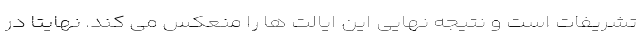
تشریفات است و نتیجه نهایی این ایالت ها را منعکس می کند. نهایتا در